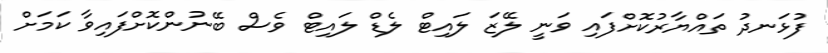
ފުޅަނދު ތައްޔާރުކޮށްފައި ވަނީ ލޭޒަ ލައިޓް ލެޑް ލައިޓް ވެސް ބޭނުންކޮށްފައިވާ ކަމަށް